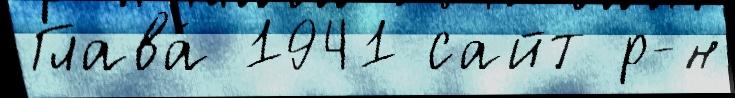
Глава́ 1941 сайт р-н